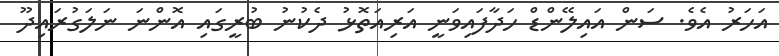
އަހަރު އެވެ. ސަން އައިލޭންޑް ހަދާފައިވަނީ އަރިއަތޮޅު ދެކުނު ބުރީގައި އޮންނަ ނަލަގުރައިދޫ